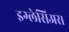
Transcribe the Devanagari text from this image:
इग्लेसिअस